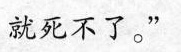
就死不了。”